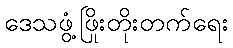
ဒေသဖွံ့ဖြိုးတိုးတက်ရေး